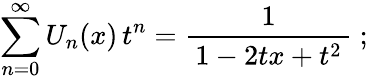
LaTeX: \sum_{n=0}^{\infty}U_{n}(x)\, t^{n}={\frac{1}{\, 1-2tx+t^{2}\, }}~;